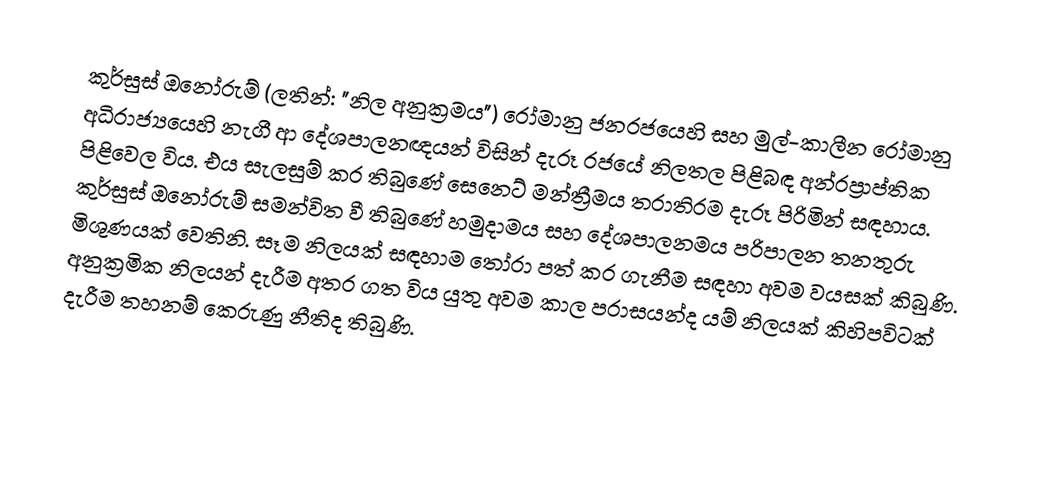
කුර්සුස් ඔනෝරුම් (ලතින්: "නිල අනුක්‍රමය") රෝමානු ජනරජයෙහි සහ මුල්-කාලීන රෝමානු අධිරාජ්‍යයෙහි නැගී ආ දේශපාලනඥයන් විසින් දැරූ රජයේ නිලතල පිළිබඳ අන්‍රප්‍රාප්තික පිළිවෙල විය. එය සැලසුම් කර තිබුණේ සෙනෙට් මන්ත්‍රීමය තරාතිරම දැරූ පිරිමින් සඳහාය. කුර්සුස් ඔනෝරුම් සමන්විත වී තිබුණේ හමුදාමය සහ දේශපාලනමය පරිපාලන තනතුරු මිශුණයක් වෙතිනි. සෑම නිලයක් සඳහාම තෝරා පත් කර ගැනීම සඳහා අවම වයසක් කිබුණි. අනුක්‍රමික නිලයන් දැරීම අතර ගත විය යුතු අවම කාල පරාසයන්ද යම් නිලයක් කිහිපවිටක් දැරීම තහනම් කෙරුණු නීතිද තිබුණි.